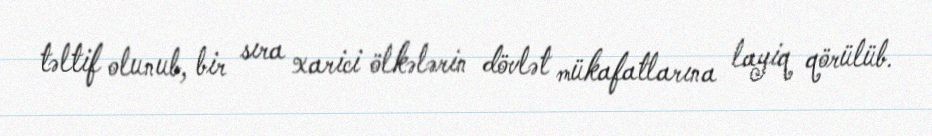
təltif olunub, bir sıra xarici ölkələrin dövlət mükafatlarına layiq qörülüb.